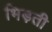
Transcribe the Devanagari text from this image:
भिड़ती